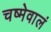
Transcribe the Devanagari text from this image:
चष्मेवालं